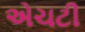
એચટી